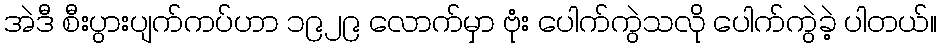
အဲဒီ စီးပွားပျက်ကပ်ဟာ ၁၉၂၉ လောက်မှာ ဗုံး ပေါက်ကွဲသလို ပေါက်ကွဲခဲ့ ပါတယ်။